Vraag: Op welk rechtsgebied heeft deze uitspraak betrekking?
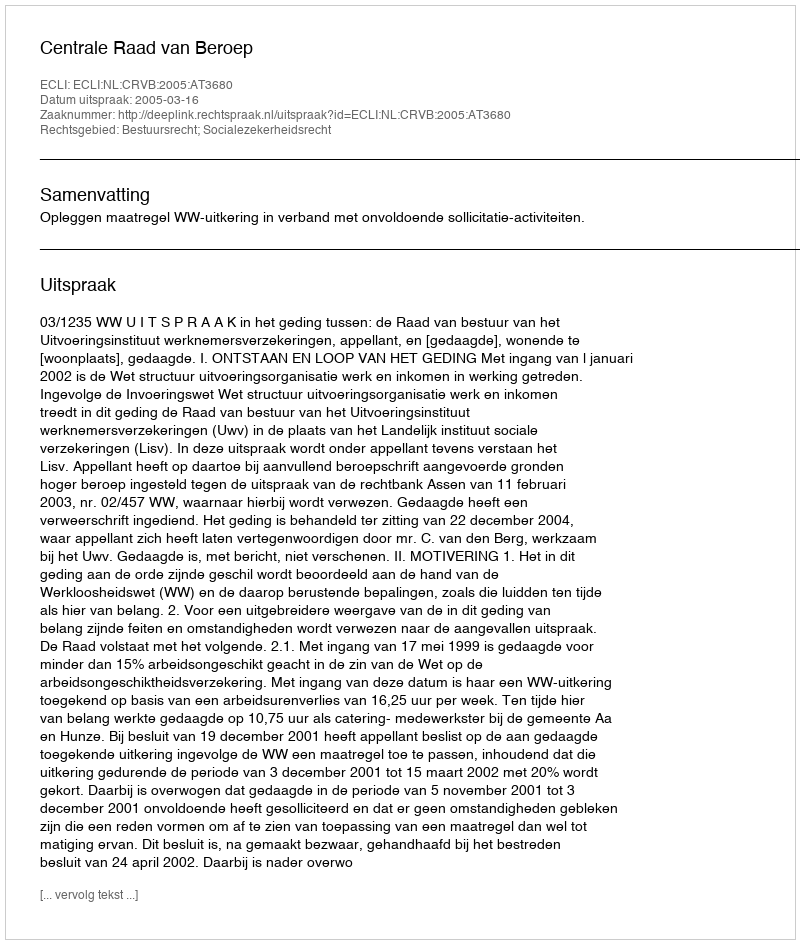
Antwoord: Bestuursrecht; Socialezekerheidsrecht